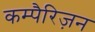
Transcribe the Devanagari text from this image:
कम्पैरिज़न